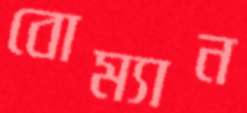
বোম্যান